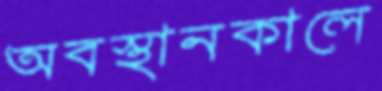
অবস্থানকালে